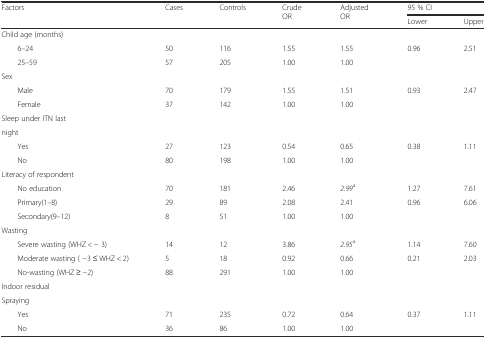
<table><thead><tr><td rowspan="2"><b>Factors</b></td><td rowspan="2"><b>Cases</b></td><td rowspan="2"><b>Controls</b></td><td rowspan="2"><b>Crude OR</b></td><td rowspan="2"><b>Adjusted OR</b></td><td colspan="2"><b>95 % CI</b></td></tr><tr><td><b>Lower</b></td><td><b>Upper</b></td></tr></thead><tbody><tr><td>Child age (months)</td><td></td><td></td><td></td><td></td><td></td><td></td></tr><tr><td>6–24</td><td>50</td><td>116</td><td>1.55</td><td>1.55</td><td>0.96</td><td>2.51</td></tr><tr><td>25–59</td><td>57</td><td>205</td><td>1.00</td><td>1.00</td><td></td><td></td></tr><tr><td>Sex</td><td></td><td></td><td></td><td></td><td></td><td></td></tr><tr><td>Male</td><td>70</td><td>179</td><td>1.55</td><td>1.51</td><td>0.93</td><td>2.47</td></tr><tr><td>Female</td><td>37</td><td>142</td><td>1.00</td><td>1.00</td><td></td><td></td></tr><tr><td>Sleep under ITN last</td><td></td><td></td><td></td><td></td><td></td><td></td></tr><tr><td>night</td><td></td><td></td><td></td><td></td><td></td><td></td></tr><tr><td>Yes</td><td>27</td><td>123</td><td>0.54</td><td>0.65</td><td>0.38</td><td>1.11</td></tr><tr><td>No</td><td>80</td><td>198</td><td>1.00</td><td>1.00</td><td></td><td></td></tr><tr><td>Literacy of respondent</td><td></td><td></td><td></td><td></td><td></td><td></td></tr><tr><td>No education</td><td>70</td><td>181</td><td>2.46</td><td><i>2.99</i><sup>a</sup></td><td>1.27</td><td>7.61</td></tr><tr><td>Primary(1–8)</td><td>29</td><td>89</td><td>2.08</td><td>2.41</td><td>0.96</td><td>6.06</td></tr><tr><td>Secondary(9–12)</td><td>8</td><td>51</td><td>1.00</td><td>1.00</td><td></td><td></td></tr><tr><td>Wasting</td><td></td><td></td><td></td><td></td><td></td><td></td></tr><tr><td>Severe wasting (WHZ &lt; − 3)</td><td>14</td><td>12</td><td>3.86</td><td><i>2.95</i><sup>a</sup></td><td>1.14</td><td>7.60</td></tr><tr><td>Moderate wasting ( −3 ≤ WHZ &lt; 2)</td><td>5</td><td>18</td><td>0.92</td><td>0.66</td><td>0.21</td><td>2.03</td></tr><tr><td>No-wasting (WHZ ≥ −2)</td><td>88</td><td>291</td><td>1.00</td><td>1.00</td><td></td><td></td></tr><tr><td>Indoor residual</td><td></td><td></td><td></td><td></td><td></td><td></td></tr><tr><td>Spraying</td><td></td><td></td><td></td><td></td><td></td><td></td></tr><tr><td>Yes</td><td>71</td><td>235</td><td>0.72</td><td>0.64</td><td>0.37</td><td>1.11</td></tr><tr><td>No</td><td>36</td><td>86</td><td>1.00</td><td>1.00</td><td></td><td></td></tr></tbody></table>